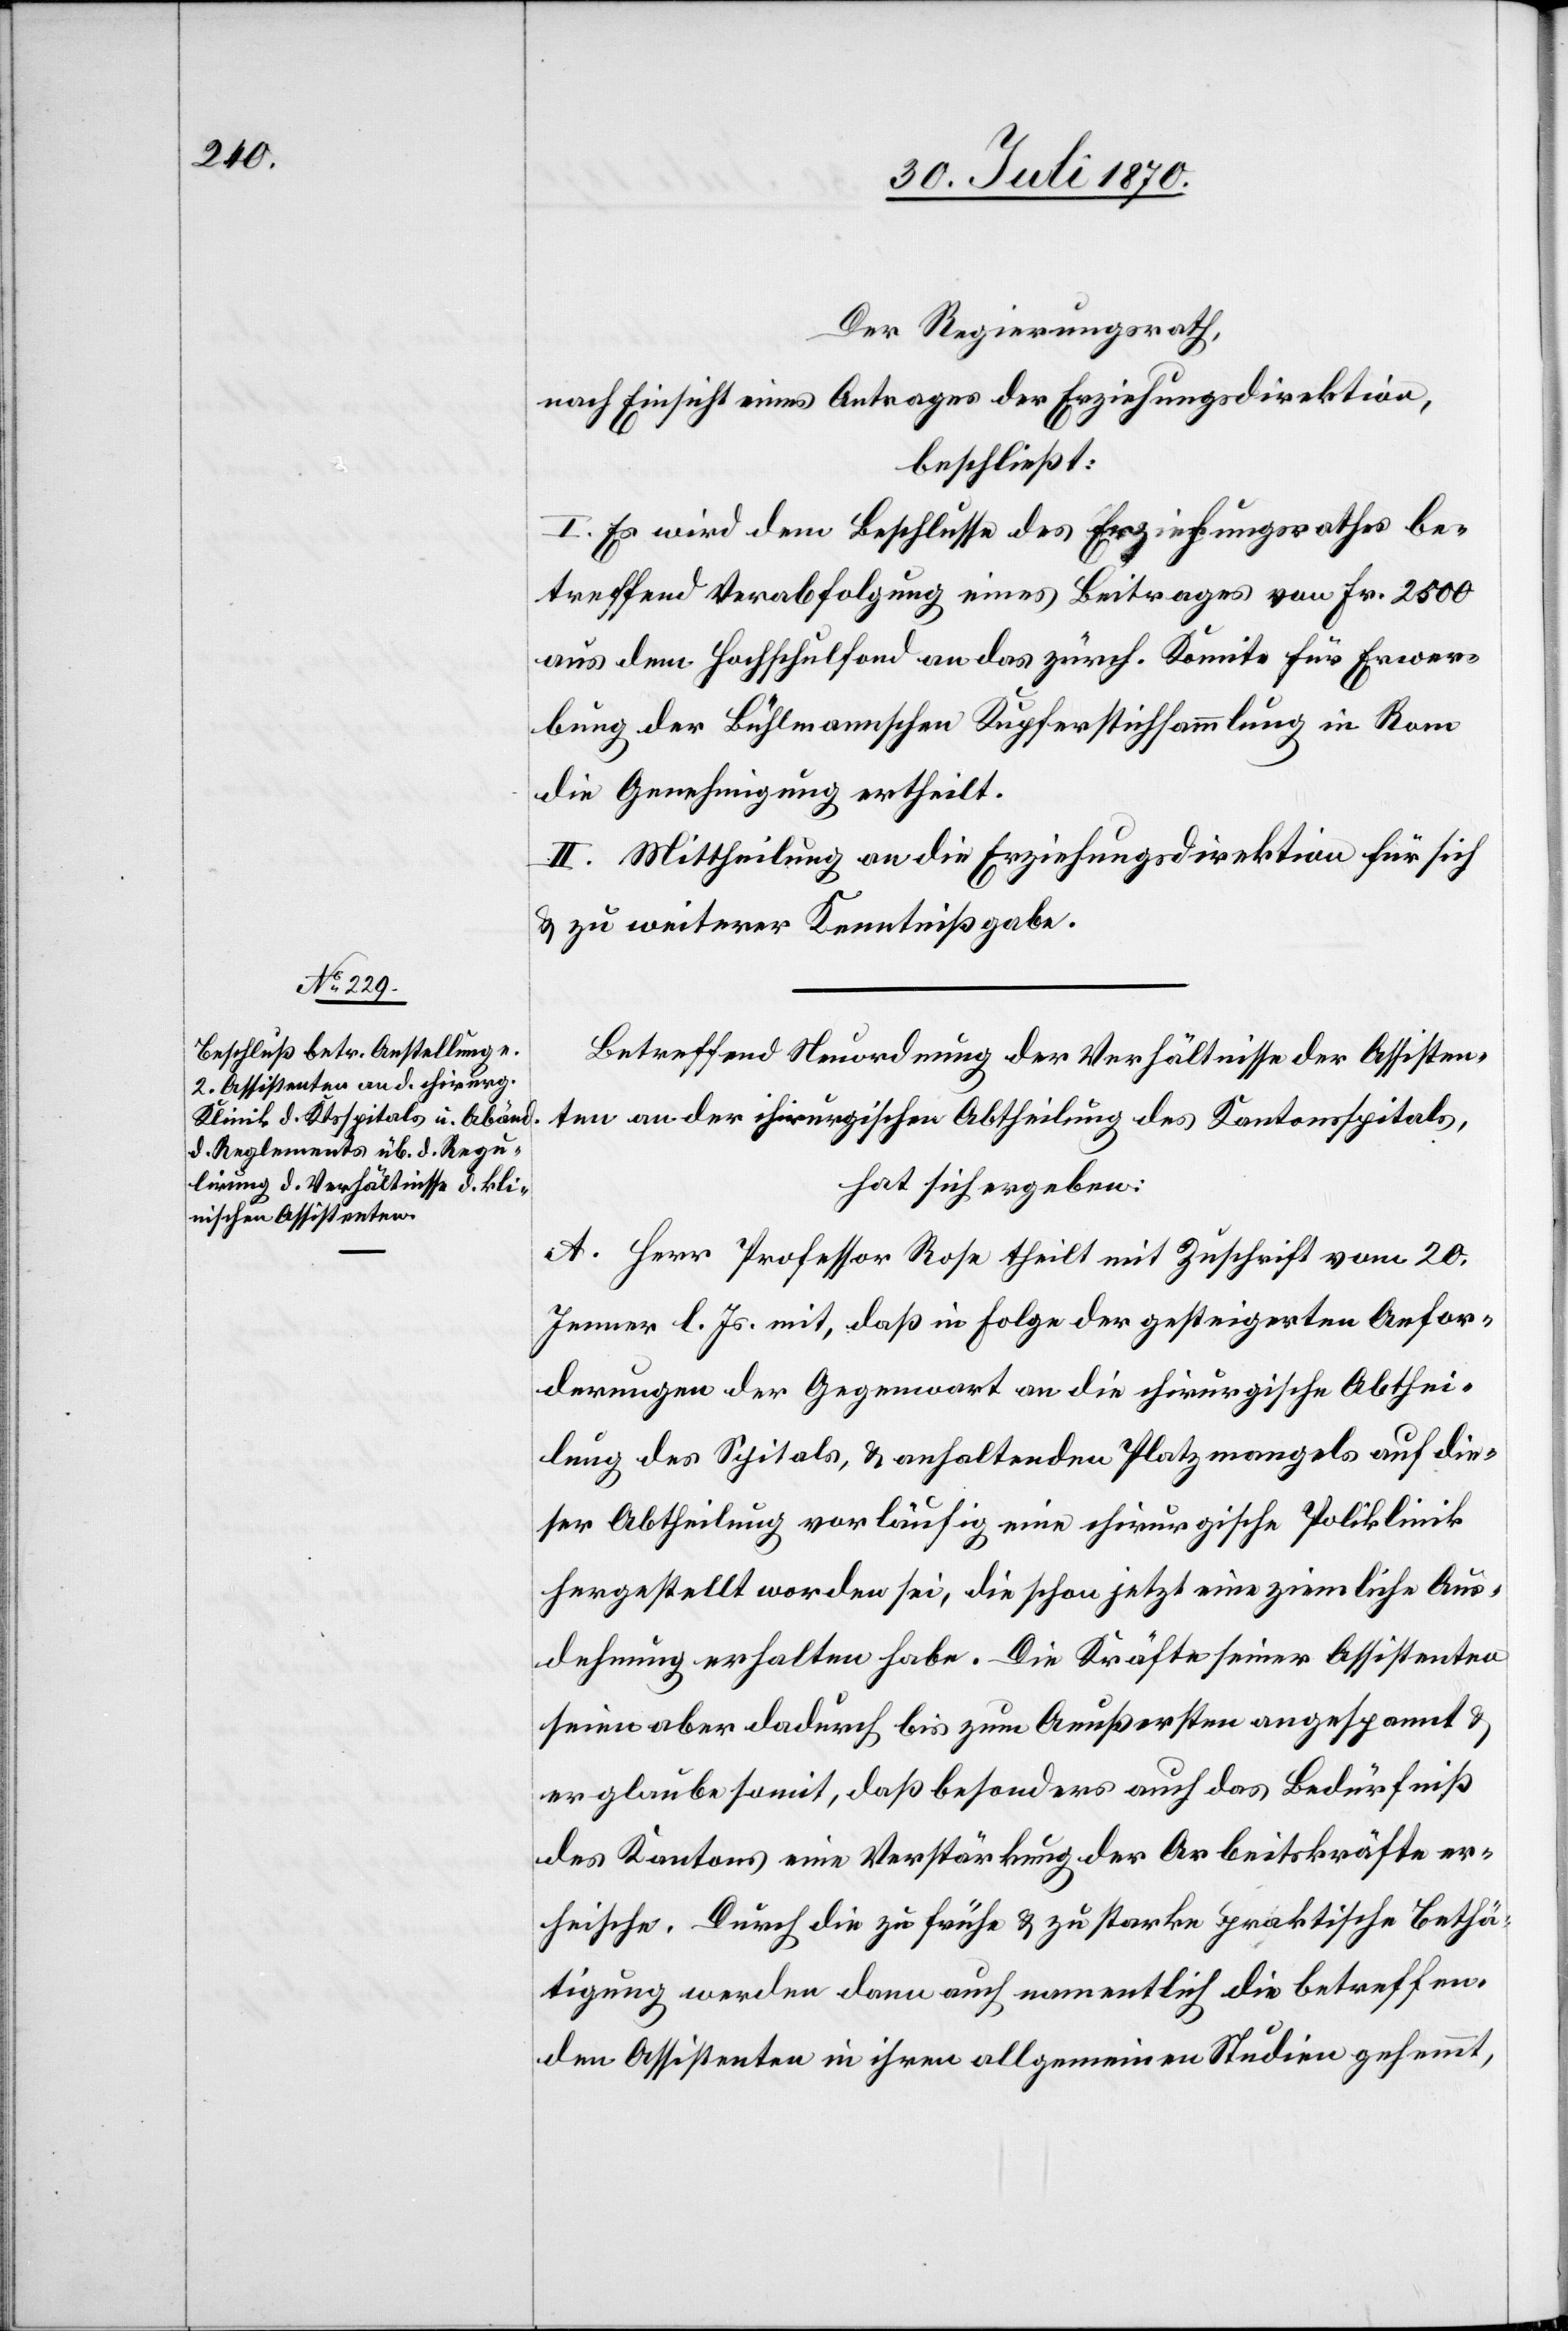
Der Regierungsrath,
nach Einsicht eines Antrages der Erziehungsdirektion,
beschließt:
I. Es wird dem Beschlusse des Erziehungsrathes be¬
treffend Verabfolgung eines Beitrages von Fr. 2500
aus dem Hochschulfond an das zürch. Komite für Erwer¬
bung der Bühlmannschen Kupferstichsammlung in Rom
die Genehmigung ertheilt.
II. Mittheilung an die Erziehungsdirektion für sich
& zu weiterer Kenntnißgabe.
Betreffend Neuordnung der Verhältnisse der Assisten¬
ten an der chirurgischen Abtheilung des Kantonsspitals,
hat sich ergeben:
A. Herr Professor Rose theilt mit Zuschrift vom 20.
Jenner l. Js. mit, daß in Folge der gesteigerten Anfor¬
derungen der Gegenwart an die chirurgische Abthei¬
lung des Spitals, & anhaltenden Platzmangels auf die¬
ser Abtheilung vorläufig eine chirurgische Poliklinik
hergestellt worden sei, die schon jetzt eine ziemliche Aus¬
dehnung erhalten habe. Die Kräfte seiner Assistenten
seien aber dadurch bis zum Aeußersten angespannt &
er glaube somit, daß besonders auch das Bedürfniß
des Kantons eine Verstärkung der Arbeitskräfte er¬
heische. Durch die zu frühe & zu starke praktische Bethä¬
tigung werden dann auch namentlich die betreffen¬
den Assistenten in ihren allgemeinen Studien gehemmt,